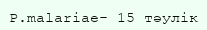
P.malariae- 15 тәулік